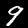
Digit: 9